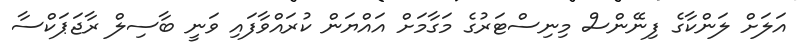
އަލަށް ލަންކާގެ ފިނޭންސް މިނިސްޓަރުގެ މަގާމަށް އައްޔަން ކުރައްވާފައި ވަނީ ބާސިލް ރާޖަޕަކްސާ